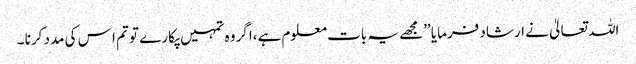
اللہ تعالیٰ نے ارشاد فرمایا ’’مجھے یہ بات معلوم ہے،اگر وہ تمہیں پکارے تو تم ا س کی مدد کرنا ۔